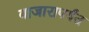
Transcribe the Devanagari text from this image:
बाजारापर्यंत